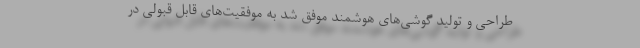
طراحی و تولید گوشی‌های هوشمند موفق شد به موفقیت‌های قابل قبولی در